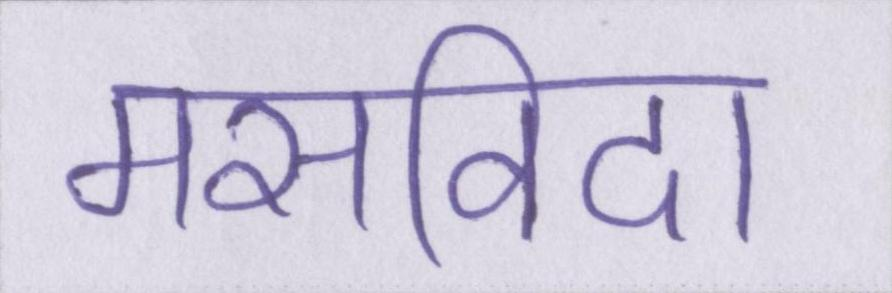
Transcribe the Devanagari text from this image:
मसविदा